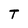
Character: T